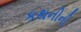
કથનીની